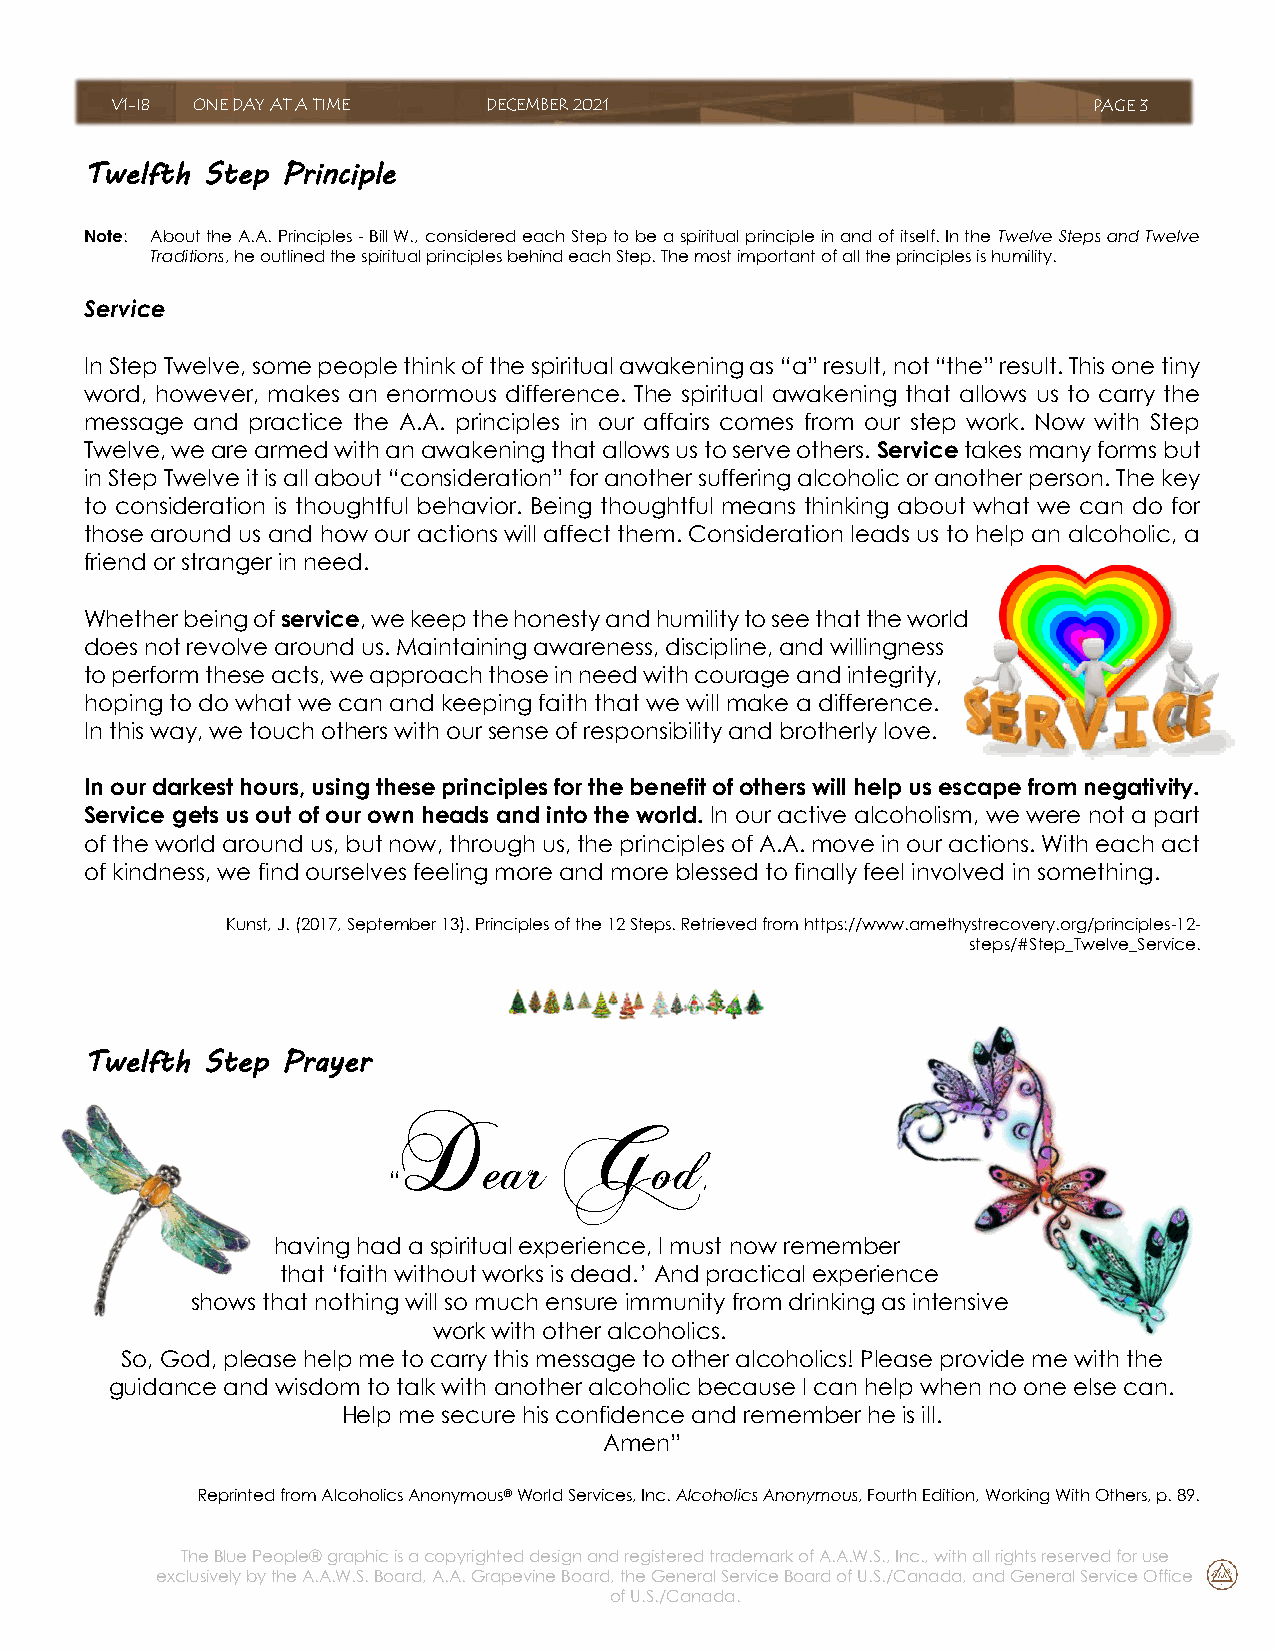
V1-I8 ONE DAY AT A TIME  DECEMBER 2021                           PAGE 3
 Twelfth Step Principle
 Note: About the A.A. Principles - Bill W., considered each Step to be a spiritual principle in and of itself. In the Twelve Steps and Twelve
 Traditions, he outlined the spiritual principles behind each Step. The most important of all the principles is humility.
 Service
 In Step Twelve, some people think of the spiritual awakening as “a” result, not “the” result. This one tiny
 word, however, makes an enormous difference. The spiritual awakening that allows us to carry the
 message and practice the A.A. principles in our affairs comes from our step work. Now with Step
 Twelve, we are armed with an awakening that allows us to serve others. Service takes many forms but
 in Step Twelve it is all about “consideration” for another suffering alcoholic or another person. The key
 to consideration is thoughtful behavior. Being thoughtful means thinking about what we can do for
 those around us and how our actions will affect them. Consideration leads us to help an alcoholic, a
 friend or stranger in need.
 Whether being of service, we keep the honesty and humility to see that the world
 does not revolve around us. Maintaining awareness, discipline, and willingness
 to perform these acts, we approach those in need with courage and integrity,
 hoping to do what we can and keeping faith that we will make a difference.
 In this way, we touch others with our sense of responsibility and brotherly love.
 In our darkest hours, using these principles for the benefit of others will help us escape from negativity.
 Service gets us out of our own heads and into the world. In our active alcoholism, we were not a part
 of the world around us, but now, through us, the principles of A.A. move in our actions. With each act
 of kindness, we find ourselves feeling more and more blessed to finally feel involved in something.
 Kunst, J. (2017, September 13). Principles of the 12 Steps. Retrieved from https://www.amethystrecovery.org/principles-12-
 steps/#Step_Twelve_Service.
 Twelfth Step Prayer
 D         G
 ear        od
 “                   ,
 having had a spiritual experience, I must now remember
 that ‘faith without works is dead.’ And practical experience
 shows that nothing will so much ensure immunity from drinking as intensive
 work with other alcoholics.
 So, God, please help me to carry this message to other alcoholics! Please provide me with the
 guidance and wisdom to talk with another alcoholic because I can help when no one else can.
 Help me secure his confidence and remember he is ill.
 Amen”
 Reprinted from Alcoholics Anonymous® World Services, Inc. Alcoholics Anonymous, Fourth Edition, Working With Others, p. 89.
 The Blue People® graphic is a copyrighted design and registered trademark of A.A.W.S., Inc., with all rights reserved for use
 exclusively by the A.A.W.S. Board, A.A. Grapevine Board, the General Service Board of U.S./Canada, and General Service Office
 of U.S./Canada.